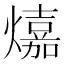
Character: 𤐵